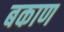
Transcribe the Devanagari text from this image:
बकाण